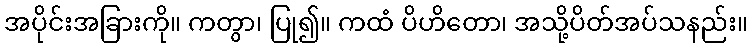
အပိုင်းအခြားကို။ ကတွာ၊ ပြု၍။ ကထံ ပိဟိတော၊ အသို့ပိတ်အပ်သနည်း။